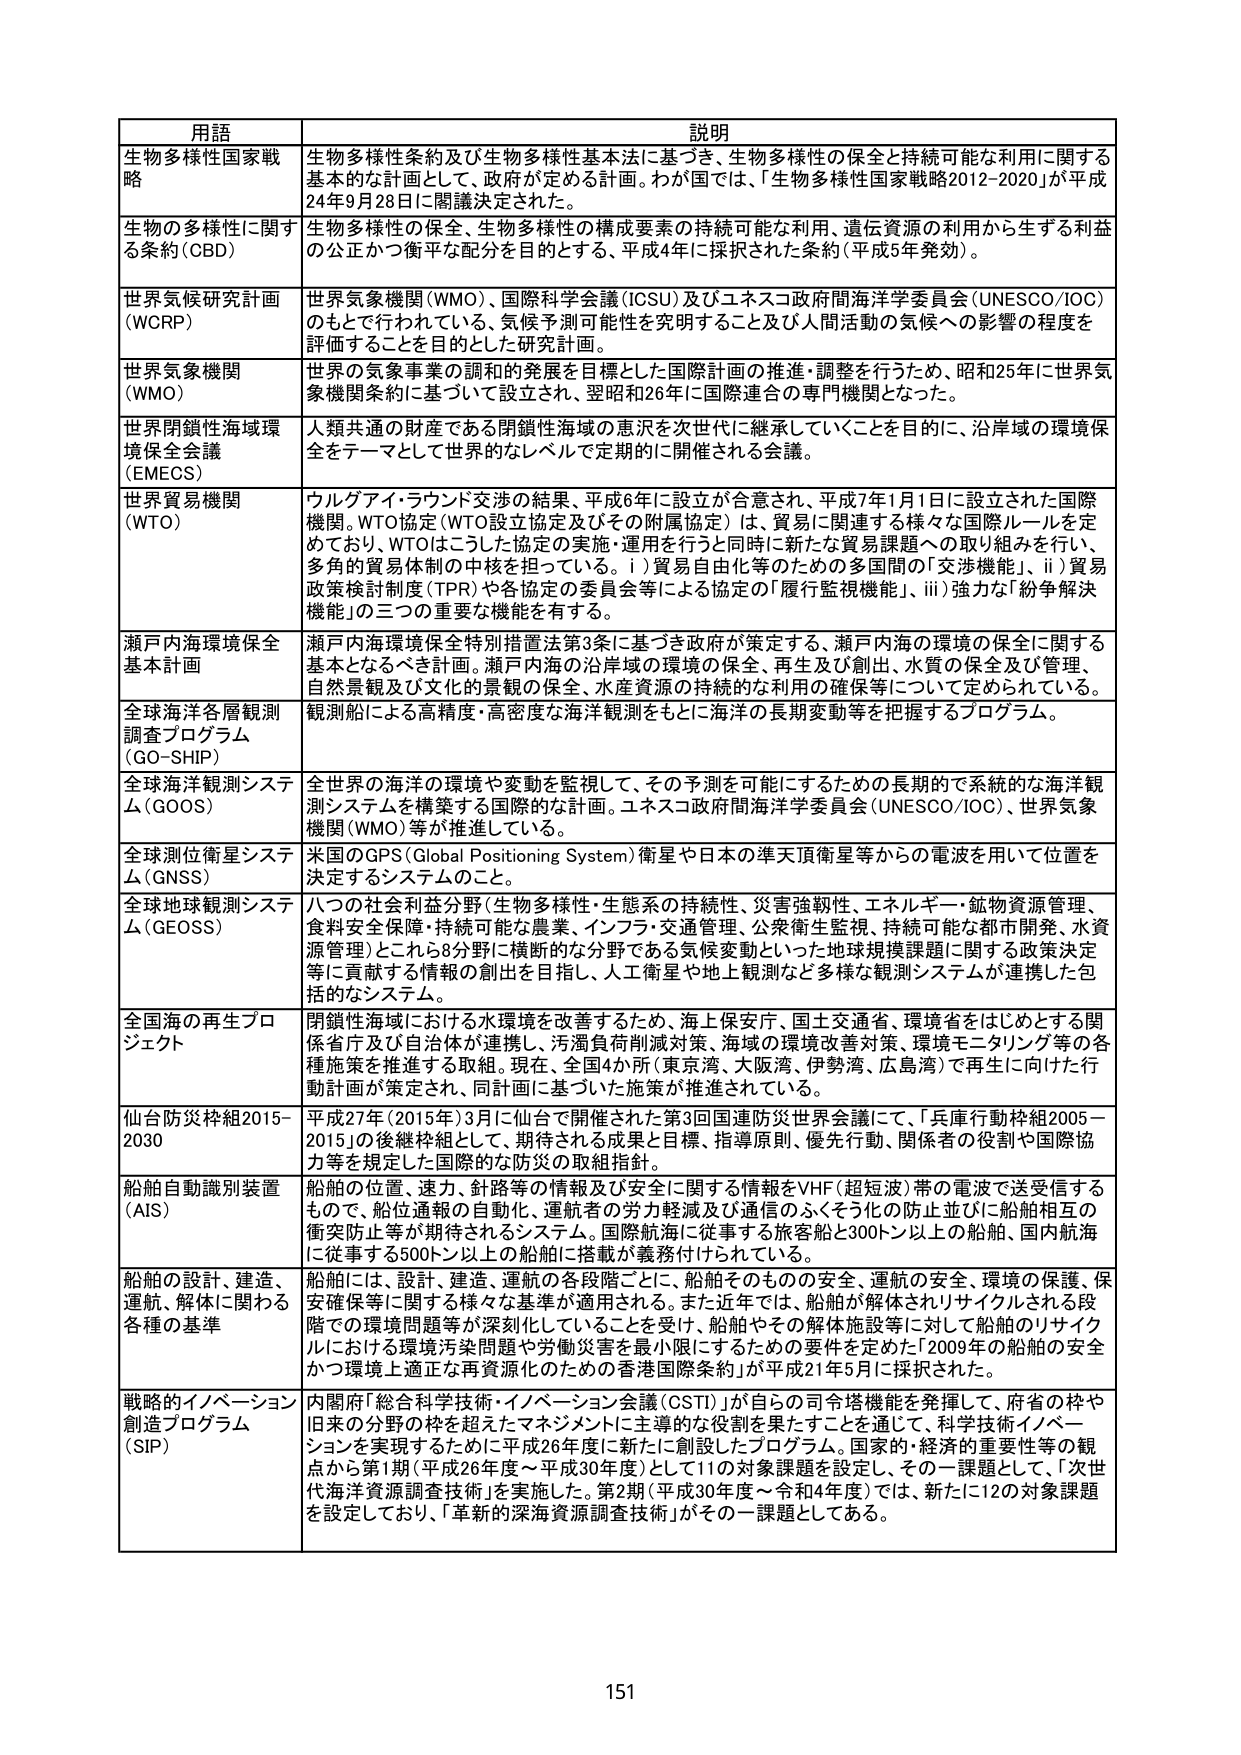
用語 説明
生物多様性国家戦略 生物多様性条約及び生物多様性基本法に基づき、生物多様性の保全と持続可能な利用に関する基本的な計画として、政府が定める計画。わが国では、「生物多様性国家戦略2012-2020」が平成24年9月28日に閣議決定された。
生物の多様性に関する条約(CBD) 生物多様性の保全、生物多様性の構成要素の持続可能な利用、遺伝資源の利用から生ずる利益の公正かつ衡平な配分を目的とする、平成4年に採択された条約（平成5年発効）。
世界気候研究計画(WCRP) 世界気象機関(WMO)、国際科学会議(ICSU)及びユネスコ政府間海洋学委員会(UNESCO/IOC)のもとで行われている、気候予測可能性を究明すること及び人間活動の気候への影響の程度を評価することを目的とした研究計画。
世界気象機関(WMO) 世界の気象事業の調和的発展を目標とした国際計画の推進・調整を行うため、昭和25年に世界気象機関条約に基づいて設立され、翌昭和26年に国際連合の専門機関となった。
世界閉鎖性海域環境保全会議(EMECS) 人類共通の財産である閉鎖性海域の恵沢を次世代に継承していくことを目的に、沿岸域の環境保全をテーマとして世界的なレベルで定期的に開催される会議。
世界貿易機関(WTO) ウルグアイ・ラウンド交渉の結果、平成6年に設立が合意され、平成7年1月1日に設立された国際機関。WTO協定(WTO設立協定及びその附属協定)は、貿易に関連する様々な国際ルールを定めており、WTOはこうした協定の実施・運用を行うと同時に新たな貿易課題への取り組みを行い、多角的貿易体制の中枢を担っている。i)貿易自由化等のための多国間の「交渉機能」、ii)貿易政策検討制度(TPR)や各協定の委員会等による協定の「履行監視機能」、iii)強力な「紛争解決機能」の三つの重要な機能を有する。
瀬戸内海環境保全基本計画 瀬戸内海環境保全特別措置法第3条に基づき政府が策定する、瀬戸内海の環境の保全に関する基本となるべき計画。瀬戸内海の沿岸域の環境の保全、再生及び創出、水質の保全及び管理、自然景観及び文化的景観の保全、水産資源の持続的な利用の確保等について定められている。
全球海洋各層観測調査プログラム(GO-SHIP) 観測船による高精度・高密度な海洋観測をもとに海洋の長期変動等を把握するプログラム。
全球海洋観測システム(GOOS) 全世界の海洋の環境や変動を監視して、その予測を可能にするための長期的で系統的な海洋観測システムを構築する国際的な計画。ユネスコ政府間海洋学委員会(UNESCO/IOC)、世界気象機関(WMO)等が推進している。
全球測位衛星システム(GNSS) 米国のGPS(Global Positioning System)衛星や日本の準天頂衛星等からの電波を用いて位置を決定するシステムのこと。
全球地球観測システム(GEOSS) 八つの社会利益分野(生物多様性・生態系の持続性、災害強靭性、エネルギー・鉱物資源管理、食料安全保障・持続可能な農業、インフラ・交通管理、公衆衛生監視、持続可能な都市開発、水資源管理)とこれら8分野に横断的な分野である気候変動といった地球規模課題に関する政策決定等に貢献する情報の創出を目指し、人工衛星や地上観測など多様な観測システムが連携した包括的なシステム。
全国海の再生プロジェクト 閉鎖性海域における水環境を改善するため、海上保安庁、国土交通省、環境省をはじめとする関係省庁及び自治体が連携し、汚濁負荷削減対策、海域の環境改善対策、環境モニタリング等の各種施策を推進する取組。現在、全国4か所（東京湾、大阪湾、伊勢湾、広島湾）で再生に向けた行動計画が策定され、同計画に基づいた施策が推進されている。
仙台防災枠組2015-2030 平成27年(2015年)3月に仙台で開催された第3回国連防災世界会議にて、「兵庫行動枠組2005-2015」の後継枠組として、期待される成果と目標、指導原則、優先行動、関係者の役割や国際協力等を規定した国際的な防災の取組指針。
船舶自動識別装置(AIS) 船舶の位置、速力、針路等の情報及び安全に関する情報をVHF(超短波)帯の電波で送受信するもので、船位通報の自動化、運航者の労力軽減及び通信のふくそう化の防止並びに船舶相互の衝突防止等が期待されるシステム。国際航海に従事する旅客船と300トン以上の船舶、国内航海に従事する500トン以上の船舶に搭載が義務付けられている。
船舶の設計、建造、運航、解体に関わる各種の基準 船舶には、設計、建造、運航の各段階ごとに、船舶そのものの安全、運航の安全、環境の保護、保安確保等に関する様々な基準が適用される。また近年では、船舶が解体されリサイクルされる段階での環境問題等が深刻化していることを受け、船舶やその解体施設等に対して船舶のリサイクルにおける環境汚染問題や労働災害を最小限にするための要件を定めた「2009年の船舶の安全かつ環境上適正な再資源化のための香港国際条約」が平成21年5月に採択された。
戦略的イノベーション創造プログラム(SIP) 内閣府「総合科学技術・イノベーション会議(CSTI)」が自らの司令塔機能を発揮して、府省の枠や旧来の分野の枠を超えたマネジメントに主導的な役割を果たすことを通じて、科学技術イノベーションを実現するために平成26年度に新たに創設したプログラム。国家的・経済的重要性等の観点から第1期(平成26年度～平成30年度)として11の対象課題を設定し、その一課題として、「次世代海洋資源調査技術」を実施した。第2期(平成30年度～令和4年度)では、新たに12の対象課題を設定しており、「革新的深海資源調査技術」がその一課題としてある。
151